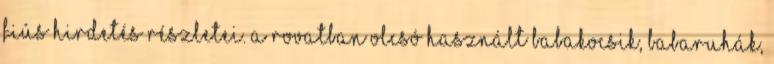
fiús hirdetés részletei. A rovatban olcsó használt babakocsik, babaruhák,